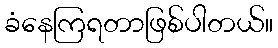
ခံနေကြရတာဖြစ်ပါတယ်။